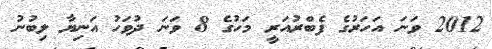
2012 ވަނަ އަހަރުގެ ފެބްރުއަރީ މަހުގެ 8 ވަނަ ދުވަހު އަނިޔާ ލިބުނު